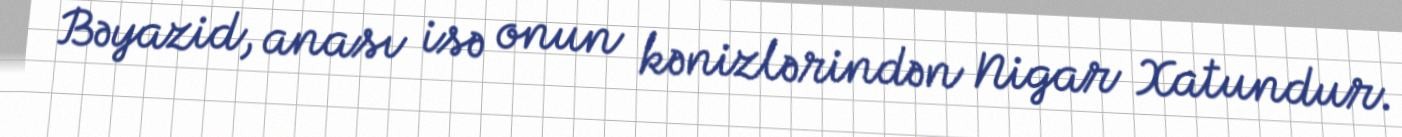
Bəyazid, anası isə onun kənizlərindən Nigar Xatundur.